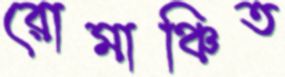
রোমাঞ্চিত